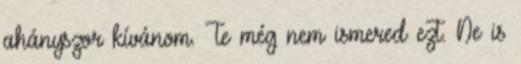
ahányszor kívánom. Te még nem ismered ezt. Ne is